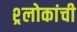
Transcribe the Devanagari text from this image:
श्र्लोकांची